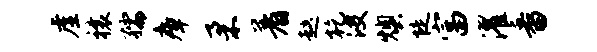
虚禳孺瘴柔着趑乾波燠陡富濯番